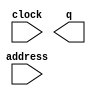
module stage1 (
	address,
	clock,
	q);

	input	[11:0]  address;
	input	  clock;
	output	[11:0]  q;
`ifndef ALTERA_RESERVED_QIS
// synopsys translate_off
`endif
	tri1	  clock;
`ifndef ALTERA_RESERVED_QIS
// synopsys translate_on
`endif

endmodule